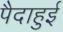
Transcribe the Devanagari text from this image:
पैदाहुई